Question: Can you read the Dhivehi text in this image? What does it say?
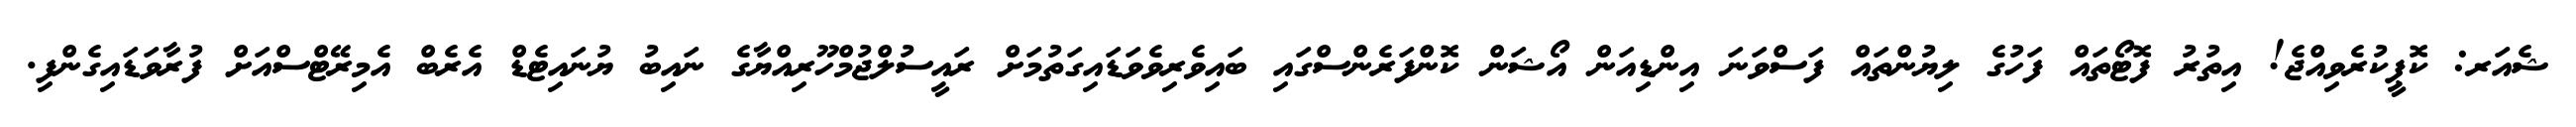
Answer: ޝެއަރ: ކޮޕީކުރެވިއްޖެ! އިތުރު ފޮޓޯތައް ފަހުގެ ލިޔުންތައް ފަސްވަނަ އިންޑިއަން އޯޝަން ކޮންފަރެންސްގައި ބައިވެރިވެވަޑައިގަތުމަށް ރައީސުލްޖުމްހޫރިއްޔާގެ ނައިބު ޔުނައިޓެޑް އެރެބް އެމިރޭޓްސްއަށް ފުރާވަޑައިގެންފި.